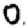
Digit: 0